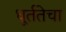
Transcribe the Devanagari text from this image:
धूर्ततेचा